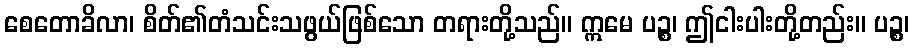
စေတောခိလာ၊ စိတ်၏တံသင်းသဖွယ်ဖြစ်သော တရားတို့သည်။ ဣမေ ပဉ္စ၊ ဤငါးပါးတို့တည်း။ ပဉ္စ၊